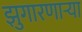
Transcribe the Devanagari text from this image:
झुगारणाऱ्या